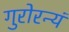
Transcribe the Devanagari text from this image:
गुरोरन्यं